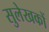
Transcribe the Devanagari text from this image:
सुलेखकों